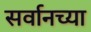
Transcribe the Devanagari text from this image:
सर्वानच्या